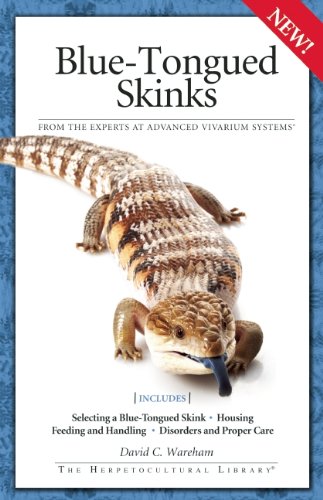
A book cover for Blue-Tongued Skinks (Advanced Vivarium Systems); David C. Wareham; Crafts, Hobbies & Home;